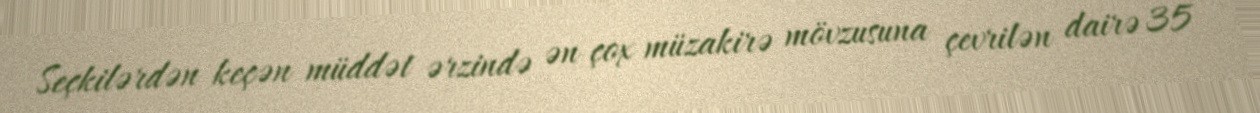
Seçkilərdən keçən müddət ərzində ən çox müzakirə mövzusuna çevrilən dairə 35